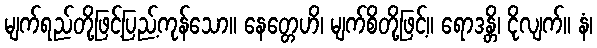
မျက်ရည်တို့ဖြင့်ပြည့်ကုန်သော။ နေတ္တေဟိ၊ မျက်စိတို့ဖြင့်။ ရောဒန္တိ၊ ငိုလျက်။ နံ၊